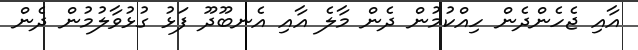
އާއި ޖެހެންދެން ހިއްކުމުން ދެން މާލެ އާއި އެނބޫދޫ ފަޅު ގުޅުވާލުމުން ދެން